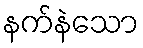
နက်နဲသော